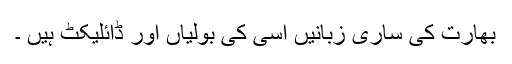
بھارت کی ساری زبانیں اسی کی بولیاں اور ڈائلیکٹ ہیں ۔